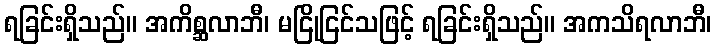
ရခြင်းရှိသည်။ အကိစ္ဆလာဘီ၊ မငြိုငြင်သဖြင့် ရခြင်းရှိသည်။ အကသိရလာဘီ၊